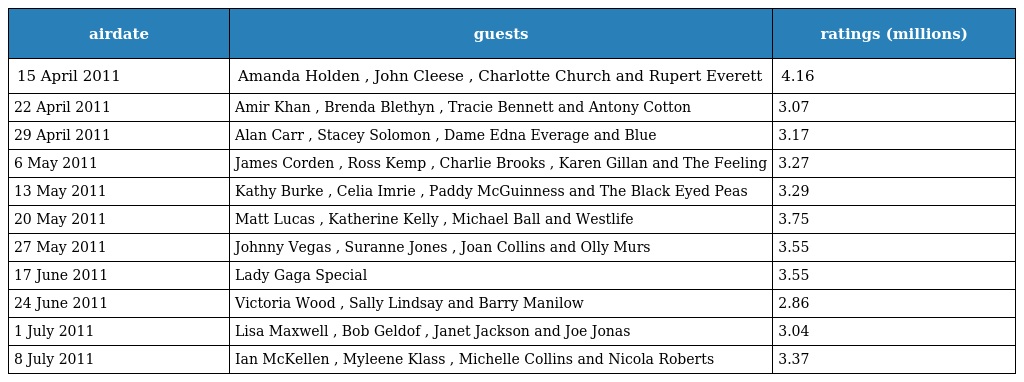
| airdate | guests | ratings (millions) |
 | --- | --- | --- |
 | 15 April 2011 | Amanda Holden , John Cleese , Charlotte Church and Rupert Everett | 4.16 |
 | 22 April 2011 | Amir Khan , Brenda Blethyn , Tracie Bennett and Antony Cotton | 3.07 |
 | 29 April 2011 | Alan Carr , Stacey Solomon , Dame Edna Everage and Blue | 3.17 |
 | 6 May 2011 | James Corden , Ross Kemp , Charlie Brooks , Karen Gillan and The Feeling | 3.27 |
 | 13 May 2011 | Kathy Burke , Celia Imrie , Paddy McGuinness and The Black Eyed Peas | 3.29 |
 | 20 May 2011 | Matt Lucas , Katherine Kelly , Michael Ball and Westlife | 3.75 |
 | 27 May 2011 | Johnny Vegas , Suranne Jones , Joan Collins and Olly Murs | 3.55 |
 | 17 June 2011 | Lady Gaga Special | 3.55 |
 | 24 June 2011 | Victoria Wood , Sally Lindsay and Barry Manilow | 2.86 |
 | 1 July 2011 | Lisa Maxwell , Bob Geldof , Janet Jackson and Joe Jonas | 3.04 |
 | 8 July 2011 | Ian McKellen , Myleene Klass , Michelle Collins and Nicola Roberts | 3.37 |